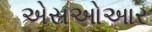
એસઓઆર